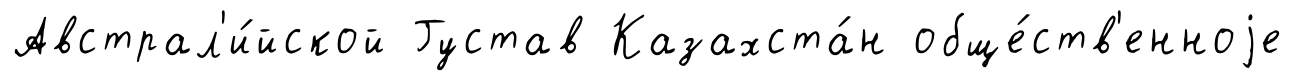
Австрал'и́йской Густав Казахста́н обще́ств'енноjе